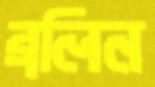
ব্রলিন